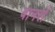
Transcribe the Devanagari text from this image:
बानरों